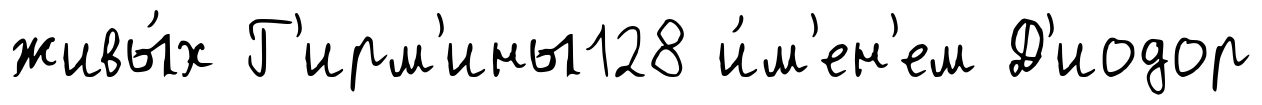
живы́х Г'ирм'ины128 и́м'ен'ем Д'иодор